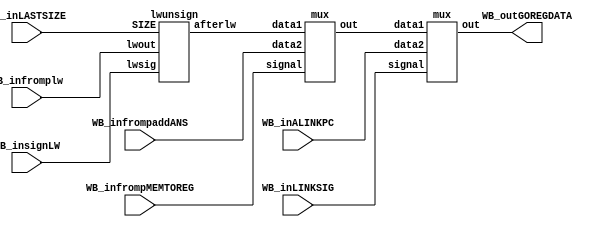
module we1(
    WB_infromplw,
    WB_inLASTSIZE,
    WB_insignLW,
    //lwunsigned.v // out is wire "EDITLOAD"
    WB_infrompaddANS,
    WB_infrompMEMTOREG,
    //mux.v(lwRmux) --> out:wire LASTJUDGE
    WB_inALINKPC,
    WB_inLINKSIG,
    //---------------------------------------------------------------------------------------------------------------
    WB_outGOREGDATA
    );


    input [31:0] WB_infromplw;
    input[1:0] WB_inLASTSIZE;
    input WB_insignLW;
    //lwunsigned.v // out is wire "EDITLOAD"
    input [31:0]WB_infrompaddANS;
    input WB_infrompMEMTOREG;
    //mux.v(lwRmux) --> out:wire LASTJUDGE
    input [31:0]WB_inALINKPC;
    input WB_inLINKSIG;
    output [31:0] WB_outGOREGDATA;
    //mux(finmux) --> out: output WB_inGOREGDATA
    //input:7 -->figure same
    //output:1 -->figure same





    //-------------------------------------------------------------------------------------------------------------------

    wire [31:0] EDITLOAD; //from lwunsigned.v to lwRmux
    wire [31:0] LASTJUDGE;//from lwRmux to finmux 
    //-------------------------------------------------------------------------------------------------------------------

    lwunsign sizeoflw(
        .SIZE(WB_inLASTSIZE),.lwsig(WB_insignLW),.lwout(WB_infromplw),
        .afterlw(EDITLOAD)//out : to lwRmux's "data1"
    );

    mux lwRmux(
        .data1(EDITLOAD),.data2(WB_infrompaddANS),.signal(WB_infrompMEMTOREG),
        .out(LASTJUDGE)// to finmux's data1
    );

    mux finmux(
        .data1(LASTJUDGE),.data2(WB_inALINKPC),.signal(WB_inLINKSIG),
        .out(WB_outGOREGDATA)//------>to IDsatage's register data!
    );


endmodule


module lwunsign(SIZE,lwsig,lwout,afterlw);
    input [1:0] SIZE;
    input lwsig;
    input [31:0]lwout;
    output [31:0]afterlw;

    assign afterlw = lwjudge(SIZE,lwsig,lwout);
    function [31:0] lwjudge;
        input [1:0] SIZE;
        input lwsig;
        input [31:0]lwout;

        if(SIZE == 2'b00 && lwsig == 1'b0)begin
            lwjudge = lwout;//lw
        end
        else if(SIZE == 2'b01 && lwsig == 1'b0)begin//lh -- signEx
            if(lwout[15] == 1'b1) begin
                lwjudge[31:16] =  16'hffff;
                lwjudge[15:0] = lwout[15:0];
            end
            else begin
                lwjudge[31:16] =  16'h0000;
                lwjudge[15:0] = lwout[15:0];
            end
        end
        else if(SIZE == 2'b10 && lwsig == 1'b0)begin//lb -- signEx
            if(lwout[7] == 1'b1) begin
                lwjudge[31:8] =  24'hffffff;
                lwjudge[7:0] = lwout[7:0];
            end
            else begin
                lwjudge[31:8] =  24'h000000;
                lwjudge[7:0] = lwout[7:0];
            end    
        end

        else if(SIZE == 2'b01 && lwsig == 1'b1)begin//lhu --0Ex
            lwjudge[31:16] =  16'h0000;
            lwjudge[15:0] = lwout[15:0];
        end
        else if(SIZE == 2'b10 && lwsig == 1'b1)begin//lbu -- 0Ex
            lwjudge[31:8] =  24'h000000;
            lwjudge[7:0] = lwout[7:0];
        end
    endfunction
endmodule

module mux(data1,data2,signal,out);

    input[31:0]data1,data2;
    input signal;
    output [31:0] out;
    function [31:0]hoge;
        input[31:0]data1,data2;
        input signal;
        if(signal == 1'b1)hoge = data1;
        else hoge =data2;
    endfunction 
    assign out = hoge(data1,data2,signal);
endmodule

///////////////